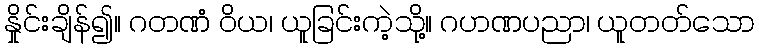
နှိုင်းချိန်၍။ ဂတဏံ ဝိယ၊ ယူခြင်းကဲ့သို့။ ဂဟဏပညာ၊ ယူတတ်သော